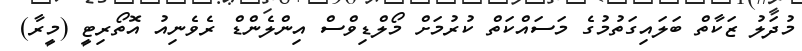
މުދަލު ޒަކާތް ބަލައިގަތުމުގެ މަސައްކަތް ކުރުމަށް މޯލްޑިވްސް އިންލެންޑް ރެވެނިއު އޮތޯރިޓީ (މީރާ)